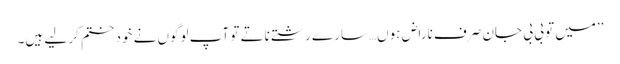
’’میں تو بی بی جان صرف ناراض ہوں…سارے رشتے ناتے تو آپ لوگوں نے خود ختم کر لیے ہیں۔